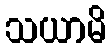
သယာမိ